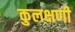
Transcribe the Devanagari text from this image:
कुलक्षणी